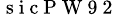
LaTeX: _\mathrm{~s~i~c~P~W~9~2~}